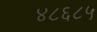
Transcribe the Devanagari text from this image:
४८६८५